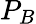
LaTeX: P_{B}